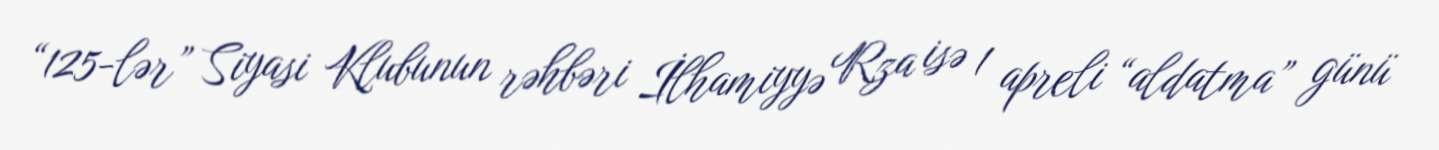
“125-lər” Siyasi Klubunun rəhbəri İlhamiyyə Rza isə 1 apreli “aldatma” günü